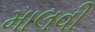
માલવી